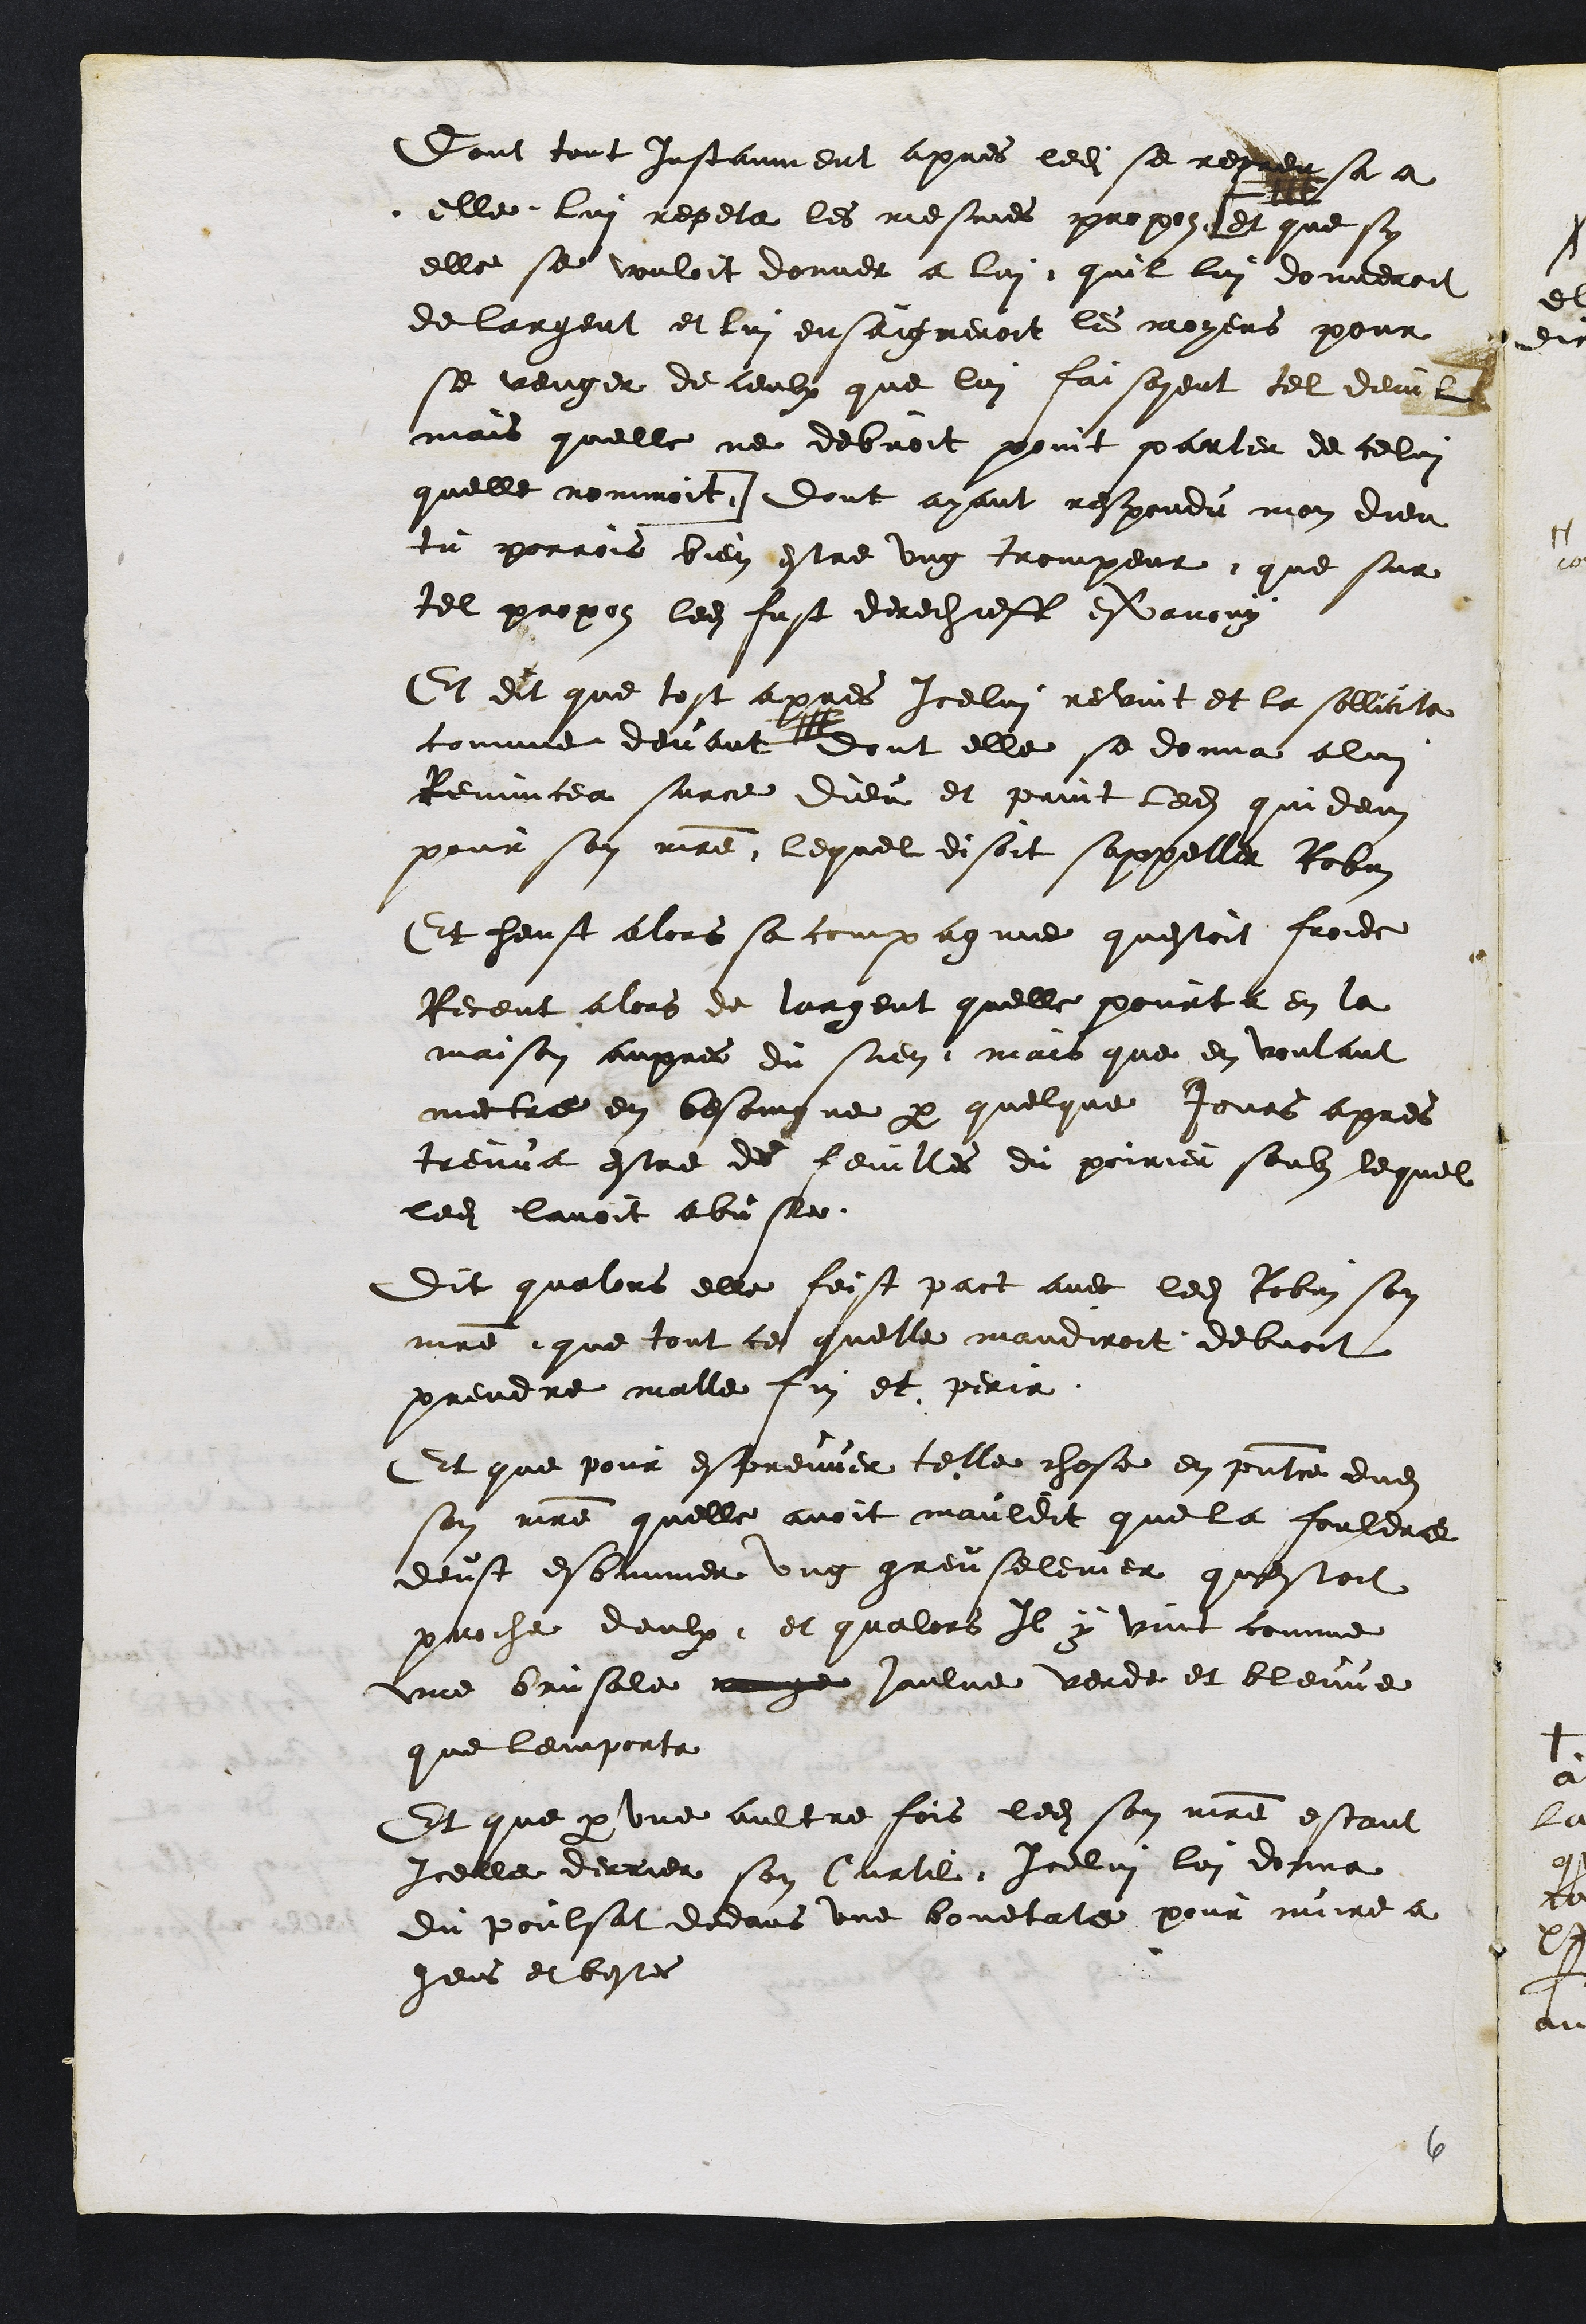
Dont tout Instanment apres ledit se repren sa a
elle lui repeta les mesmes propos, [et que sy
elle se vouloit donner a lui quil lui donneroit
de largent et lui enseigneroit les moyens pour
se venger de ceulx que lui faisoyent tel deuil
mais quelle ne debvoit point parler de celui
quelle nommoit.] Dont ayant respondu mon dieu
tu parrois bien estre ung trompeur, que sur
tel propos ledit fust derechieff esvanouy
Et dit que tost apres Icelui revint et la sollicita
comme devant dont elle se donna a lui
Renuncea surce dieu et print ledit quidem
pour son maitre lequel disoit sappeller Robin
Et heust alors sa compagnie questoit froide
Receut alors de largent quelle pourta en la
maison aupres du sien, mais que en voulant
mectre en besoingne par quelque jours apres
treuva estre des feuilles du poirier soubz lequel
ledit lavoit abusee.
Dit qualors elle feist pact avec ledit Robin son
maitre, que tout ce quelle maudiroit debvoit
prendre malle fin et perir.
Et que pour espreuver telle chose en presentce dudit
son maitre quelle avoit mauldit que la fouldre
deust esbimmer ung greuselenier questoit
proche deulx et qualors Il y vint comme
une brusale rouge jaulne verde et bleuue
que lemporta
Et que par une aultre fois ledit son maitre estant
Icelle derrier son Curtil, Icelui lui donna
du poulsat dedans une bouetate pour nuire a
gens et bestes

6